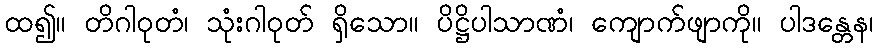
ထ၍။ တိဂါဝုတံ၊ သုံးဂါဝုတ် ရှိသော။ ပိဋ္ဌိပါသာဏံ၊ ကျောက်ဖျာကို။ ပါဒန္တေန၊